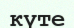
күте